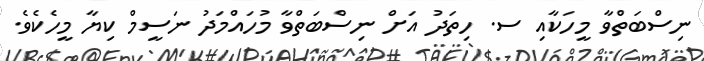
ނިސްބަތްވާ މީހަކާއި ސ. ހިތަދު އަށް ނިސްބަތްވާ މުހައްމަދު ނަސީމް ކިޔާ މީހެކެވެ.